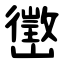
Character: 㠞